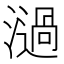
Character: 濄